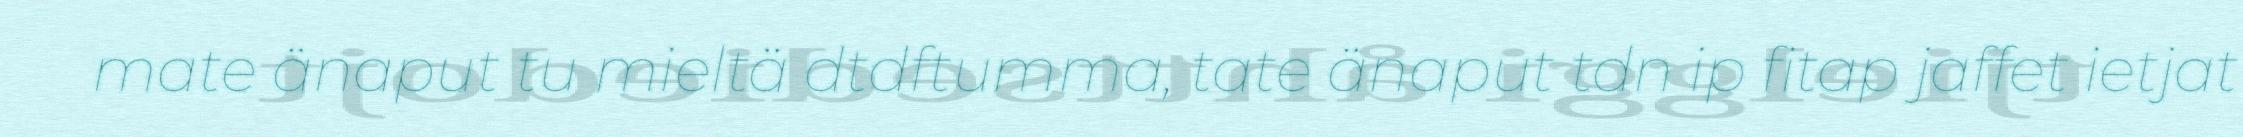
mate änaput tu mieltä dtdftumma, tate änaput tdn ip fitap jaffet ietjat